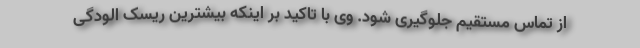
از تماس مستقیم جلوگیری شود. وی با تاکید بر اینکه بیشترین ریسک الودگی